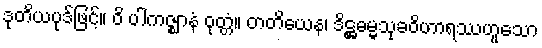
ဒုတိယပုဒ်ဖြင့်။ ဝိ ပါကဇ္ဈာနံ ဝုတ္တံ။ တတိယေန၊ ဒိဋ္ဌဓမ္မသုခဝိဟာရဿဟူသော